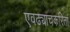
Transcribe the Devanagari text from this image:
एवढ्याचकरितां